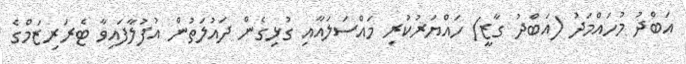
އަބްދު މުހައްމަދު (އަބްދު ގާޒީ) ހައްޔަރުކުރި މައްސަލައާއި ގުޅިގެން ދައުލަތުން އުފުލާފައިވާ ޓެރަރިޒަމްގެ